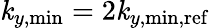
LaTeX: \mathit{k}_{y,\mathrm{{min}}}=2\mathit{k}_{y,\mathrm{{min,ref}}}